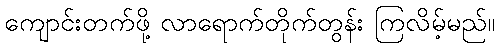
ကျောင်းတက်ဖို့ လာရောက်တိုက်တွန်း ကြလိမ့်မည်။